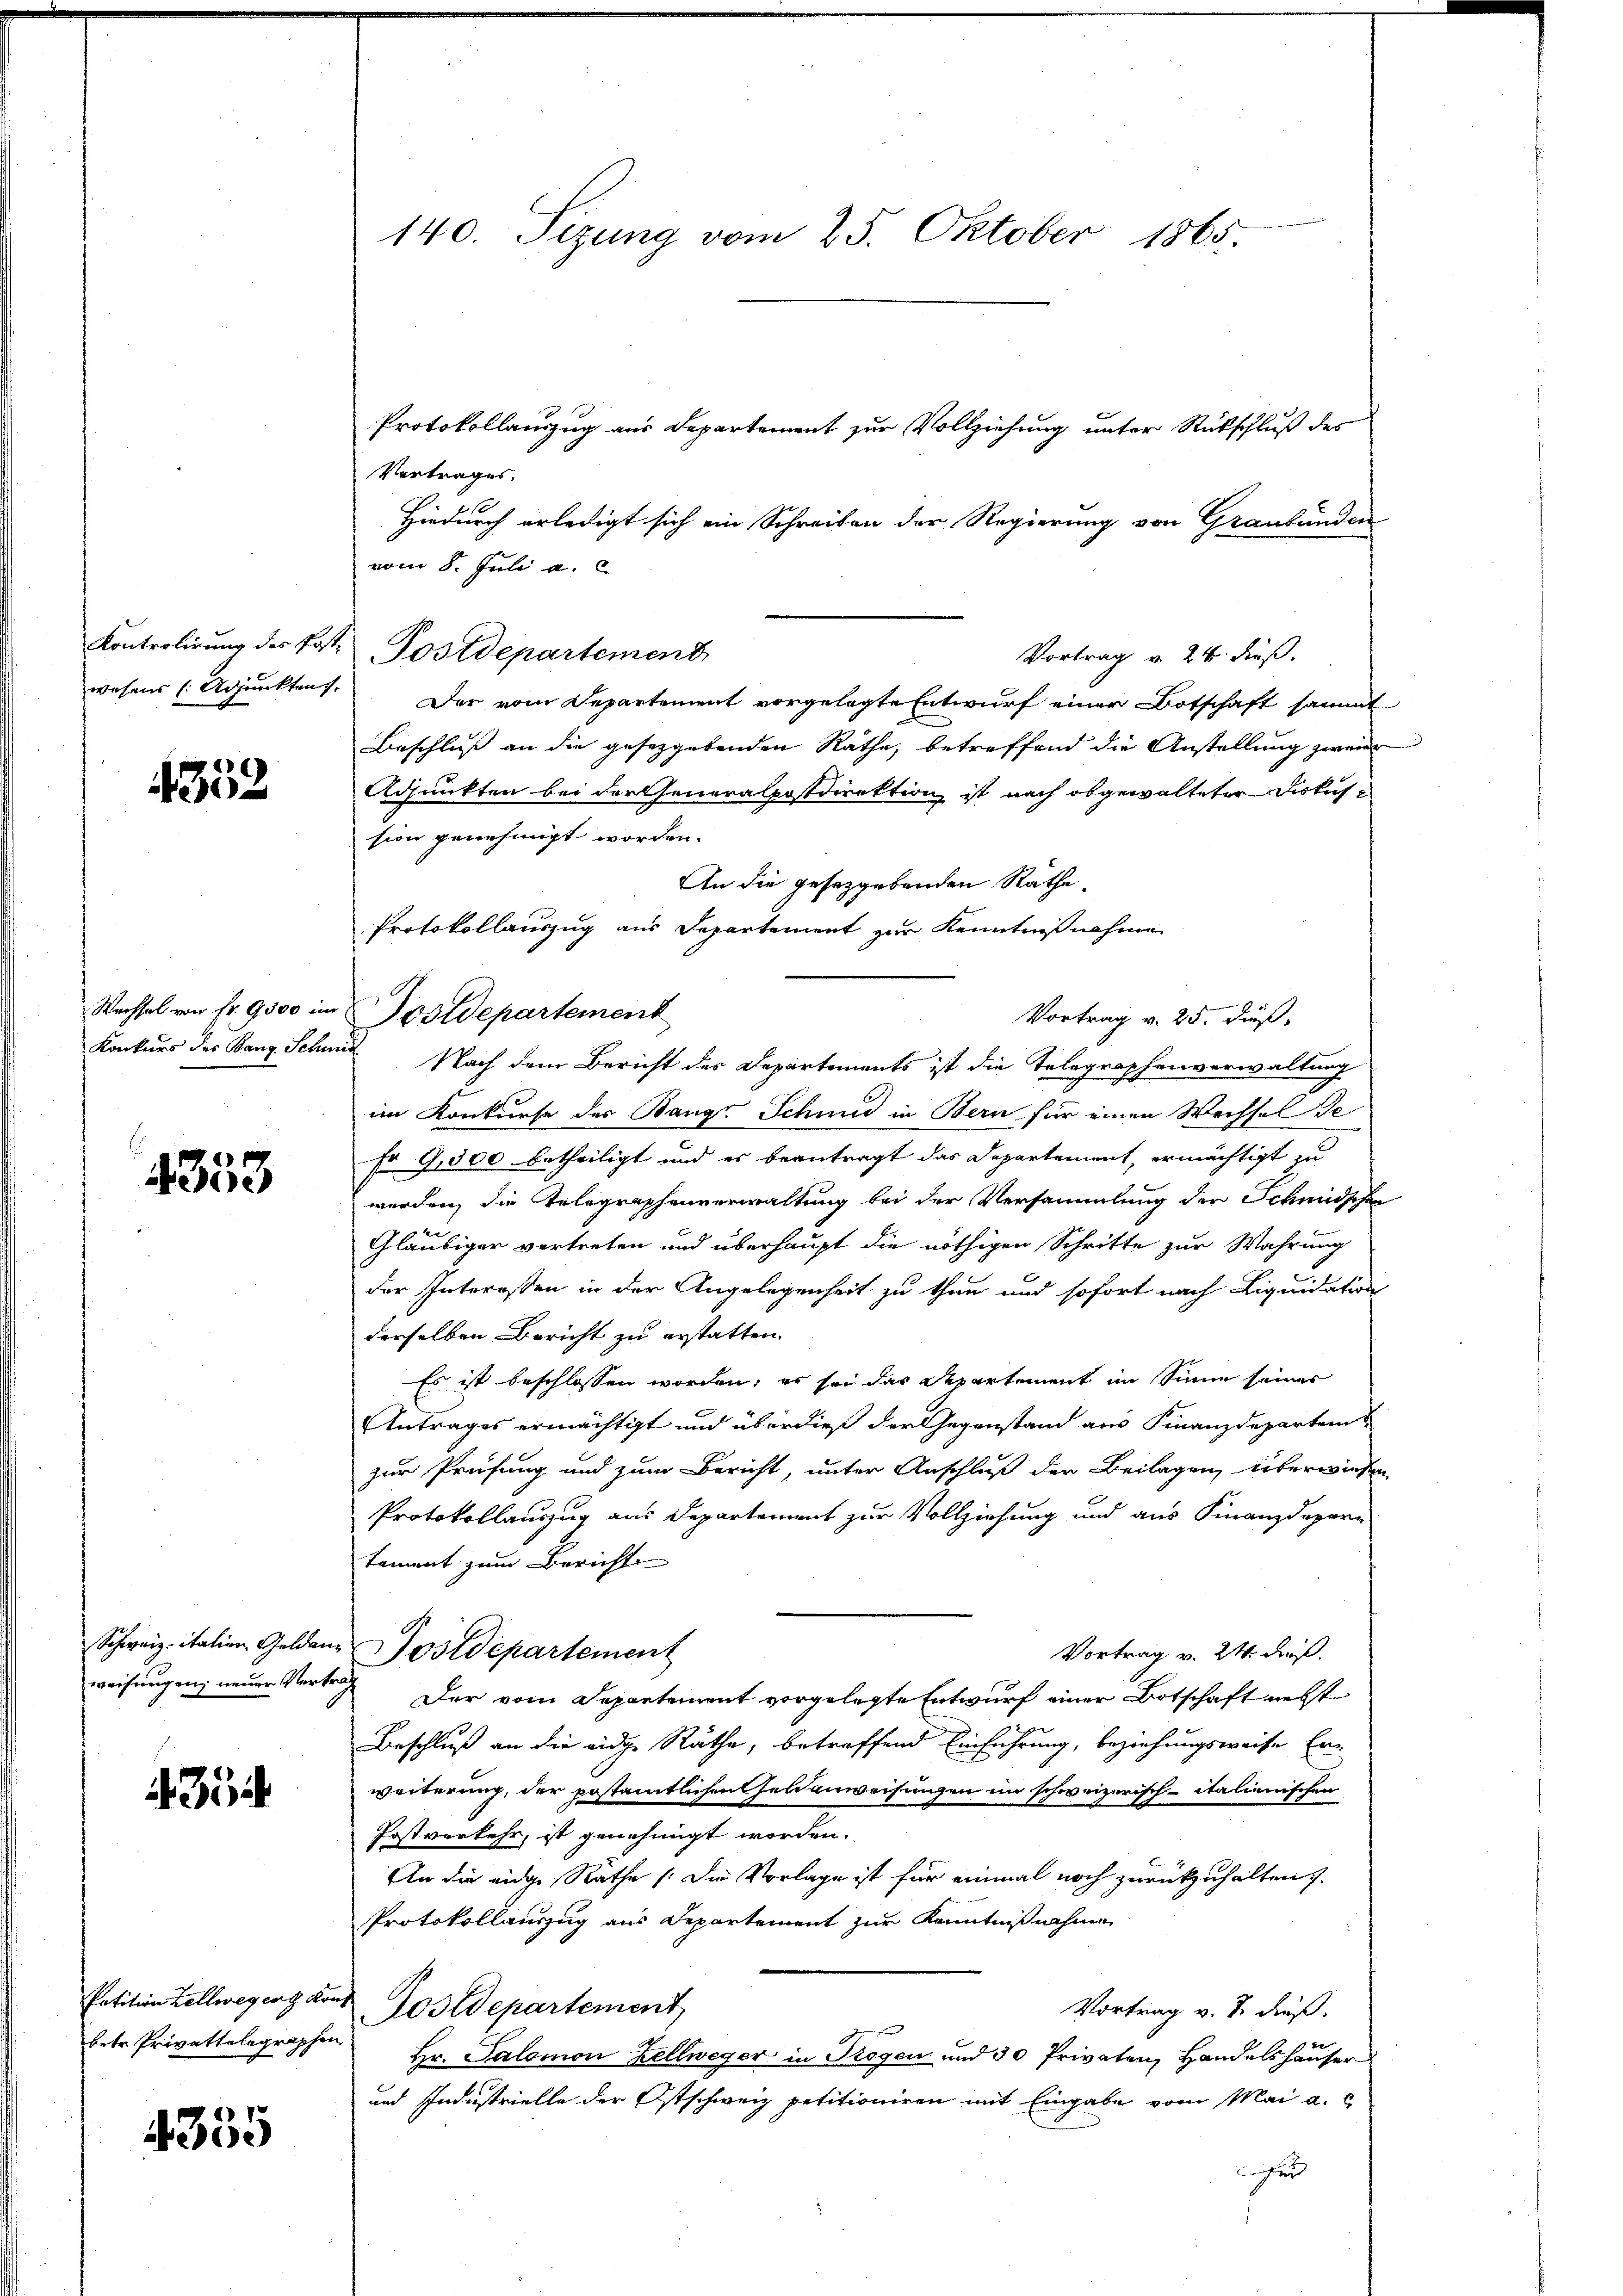
wesens (Adjunkten.

4332

4353

Schweiz. italien Gelden.
weisungen, neuen Werke

35

betr. Privattelegraphen

4355

140. Sizung vom 25. Oktober 1865.

Protokollauszug aus Departement zur Vollziehung unter Rückschluß des
Vortrages.
Hiedurch erledigt sich ein Schreiben der Regierung von Graubünden
vom 8. Juli a. c.
Vortrag v. 24. dieß.
“ Der vom Departement vorgelegte Entwurf einer Botschaft sammt
Beschluß an die gesetzgebenden Räthe, betreffend die Anstellung zweie
Adjunkten bei der Generalpostdirektion ist nach abgewalteter Fiskussion genehmigt worden.
An die gesetzgebenden Räthe.
Protokollauszug aus Departement zur Kenntnißnahme
Vortrag v. 25. dieß,
Konkurs des Banz. Schmer Nach dem Bericht des Departements ist die Telegraphenverwaltung
im Konkurse des Bange Schmid in Bern für einen Wechsel de
fr G,300 betheiligt und es beantragt das Departement, ermächtigt zu
werden, die Telegraphenverwaltung bei der Versammlung der Schmidschen
Gläubiger vertreten und überhaupt die nöthigen Schritte zur Wahrung
der Interessen in der Angelegenheit zu thun und sofort nach Liquidaten
derselben Bericht zu erstatten.
Es ist beschlossen worden, es sei das Departement im Sinne seiner
Antrages ermächtigt und überdieß der Gegenstand aus Finanzdepartem
zur Prüfung und zum Bericht, unter Anschluß der Beilagen überwiesen
Protokollauszug aus Departement zur Vollziehung und aus Finanzdepari
tement zum Bericht
 Postdepartement
Vortrag v. 24. dieß.
a
Der vom Departement vorgelegte Entwurf einer Botschaft nebst
Beschluß an die eidge Räthe, betreffend Einführung, beziehungsweise Erweiterung, der postamtlichen Geldanweisungen im schweizerisch-italienischen
Postverkehr, ist genehmigt worden.
An die eidge Räthe (die Vorlage ist für einmal noch zurückzuhalten
Protokollauszug aus Departement zur Kenntnißnahme
Petition Zellwegeng von Postdepartement,
Vortrag v. J. dieß.
 Hr. Salomon Zellweger in Gegen und 30 Privaten, Handelshäuser
und Industrielle der Ostschweiz petitioniren mit Eingabe vom Mai a. c
u

Kontrolirung des Post. Postdepartement,

Wechsel von Fr. 9500 in Postdepartement